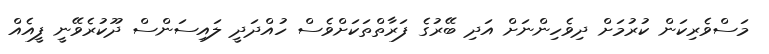
މަސްވެރިކަން ކުރުމަށް ދިވެހިންނަށް އަދި ބޭރުގެ ފަރާތްތަކަށްވެސް ހުއްދަދީ ލައިސަންސް ދޫކުރެވޭނީ ފީއެއް